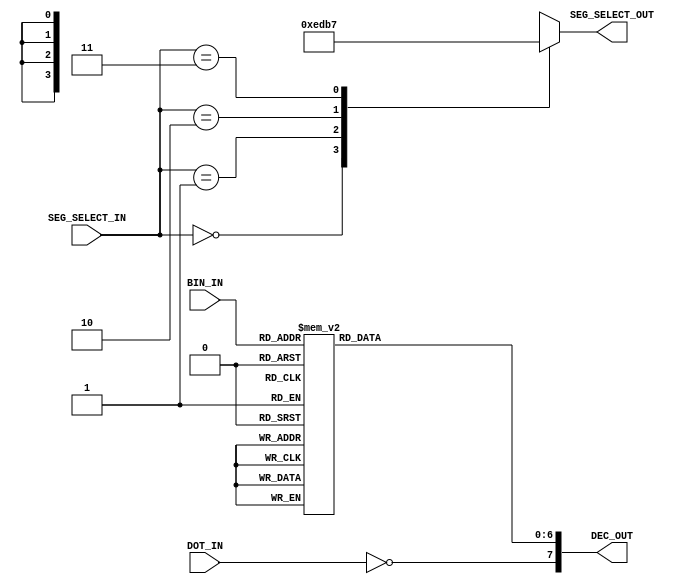
`timescale 1ns / 1ps
//////////////////////////////////////////////////////////////////////////////////
// Company: 
// Engineer: 
// 
// Design Name: 
// Module Name: Seg7_display
// Project Name: 
// Target Devices: 
// Tool Versions: 
// Description: 
// 
// Dependencies: 
// 
// Revision:
// Revision 0.01 - File Created
// Additional Comments:
// 
//////////////////////////////////////////////////////////////////////////////////


module Seg7Disp(
    input [1:0] SEG_SELECT_IN,
input [3:0] BIN_IN,
input DOT_IN,
output reg [3:0] SEG_SELECT_OUT,
output reg [7:0] DEC_OUT
); 

//Segement selection
always@(SEG_SELECT_IN) begin
case(SEG_SELECT_IN)
    2'b00 : SEG_SELECT_OUT<=4'b1110;
    2'b01 : SEG_SELECT_OUT<=4'b1101;
    2'b10 : SEG_SELECT_OUT<=4'b1011;
    2'b11 : SEG_SELECT_OUT<=4'b0111;
    default:SEG_SELECT_OUT<=4'b1111;
endcase
end
//4 bit input to 7-seg display
always@(BIN_IN or DOT_IN)begin
    case(BIN_IN)
        4'h0: DEC_OUT[6:0]<=7'b1000000;
        4'h1: DEC_OUT[6:0]<=7'b1111001;
        4'h2: DEC_OUT[6:0]<=7'b0100100;
        4'h3: DEC_OUT[6:0]<=7'b0110000;
        
        4'h4: DEC_OUT[6:0]<=7'b0011001;
        4'h5: DEC_OUT[6:0]<=7'b0010010;
        4'h6: DEC_OUT[6:0]<=7'b0000010;
        4'h7: DEC_OUT[6:0]<=7'b1111000;
        
        4'h8: DEC_OUT[6:0]<=7'b0000000;
        4'h9: DEC_OUT[6:0]<=7'b0011000;
        /*4'hA: DEC_OUT[6:0]<=7'b0001000;
        4'hB: HEX_OUT[6:0]<=7'b0000011;
        
        4'hC: HEX_OUT[6:0]<=7'b1000110;
        4'hD: HEX_OUT[6:0]<=7'b0100001;
        4'hE: HEX_OUT[6:0]<=7'b0000110;
        4'hF: HEX_OUT[6:0]<=7'b0001110;*/

        default: DEC_OUT[6:0]<=7'b1111111;
endcase

DEC_OUT[7]<=~DOT_IN;
end
endmodule